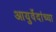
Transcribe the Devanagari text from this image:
आयुर्वेदांच्या